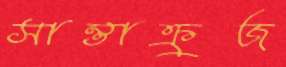
সান্তাক্রুজ